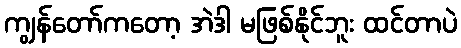
ကျွန်တော်ကတော့ အဲဒါ မဖြစ်နိုင်ဘူး ထင်တာပဲ